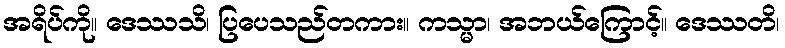
အရိပ်ကို။ ဒေဿသိ၊ ပြပေသည်တကား။ ကသ္မာ၊ အဘယ်ကြောင့်။ ဒေဿတိ၊